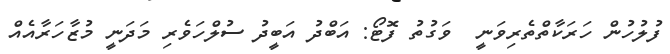
ފުލުހުން ހަރަކާތްތެރިވަނީ  ވަގުތު ފޮޓޯ: އަބްދު އަބީދު ސުުލްހަވެރި މަދަނީ މުޒާހަރާއެއް